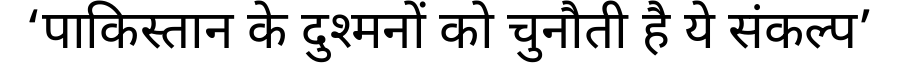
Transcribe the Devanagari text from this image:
‘पाकिस्तान के दुश्मनों को चुनौती है ये संकल्प’